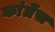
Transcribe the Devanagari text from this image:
कांग्रेंस